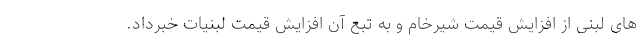
های لبنی از افزایش قیمت شیرخام و به تبع آن افزایش قیمت لبنیات خبرداد.